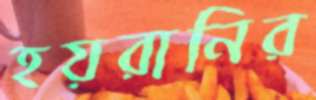
হয়রানির